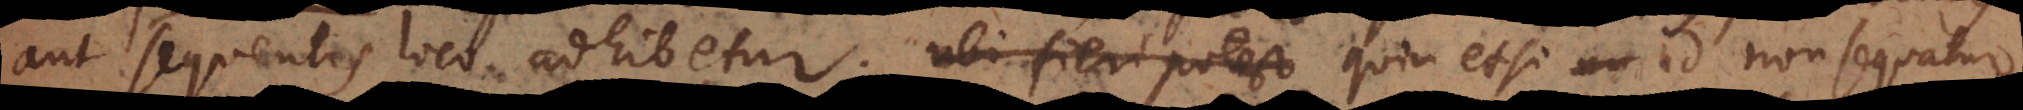
aut sequentis loco adhibetur, ubi fieri potest quin etsi id non sequatur